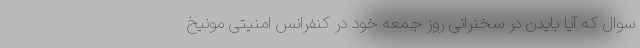
سوال که آیا بایدن در سخنرانی روز جمعه خود در کنفرانس امنیتی مونیخ